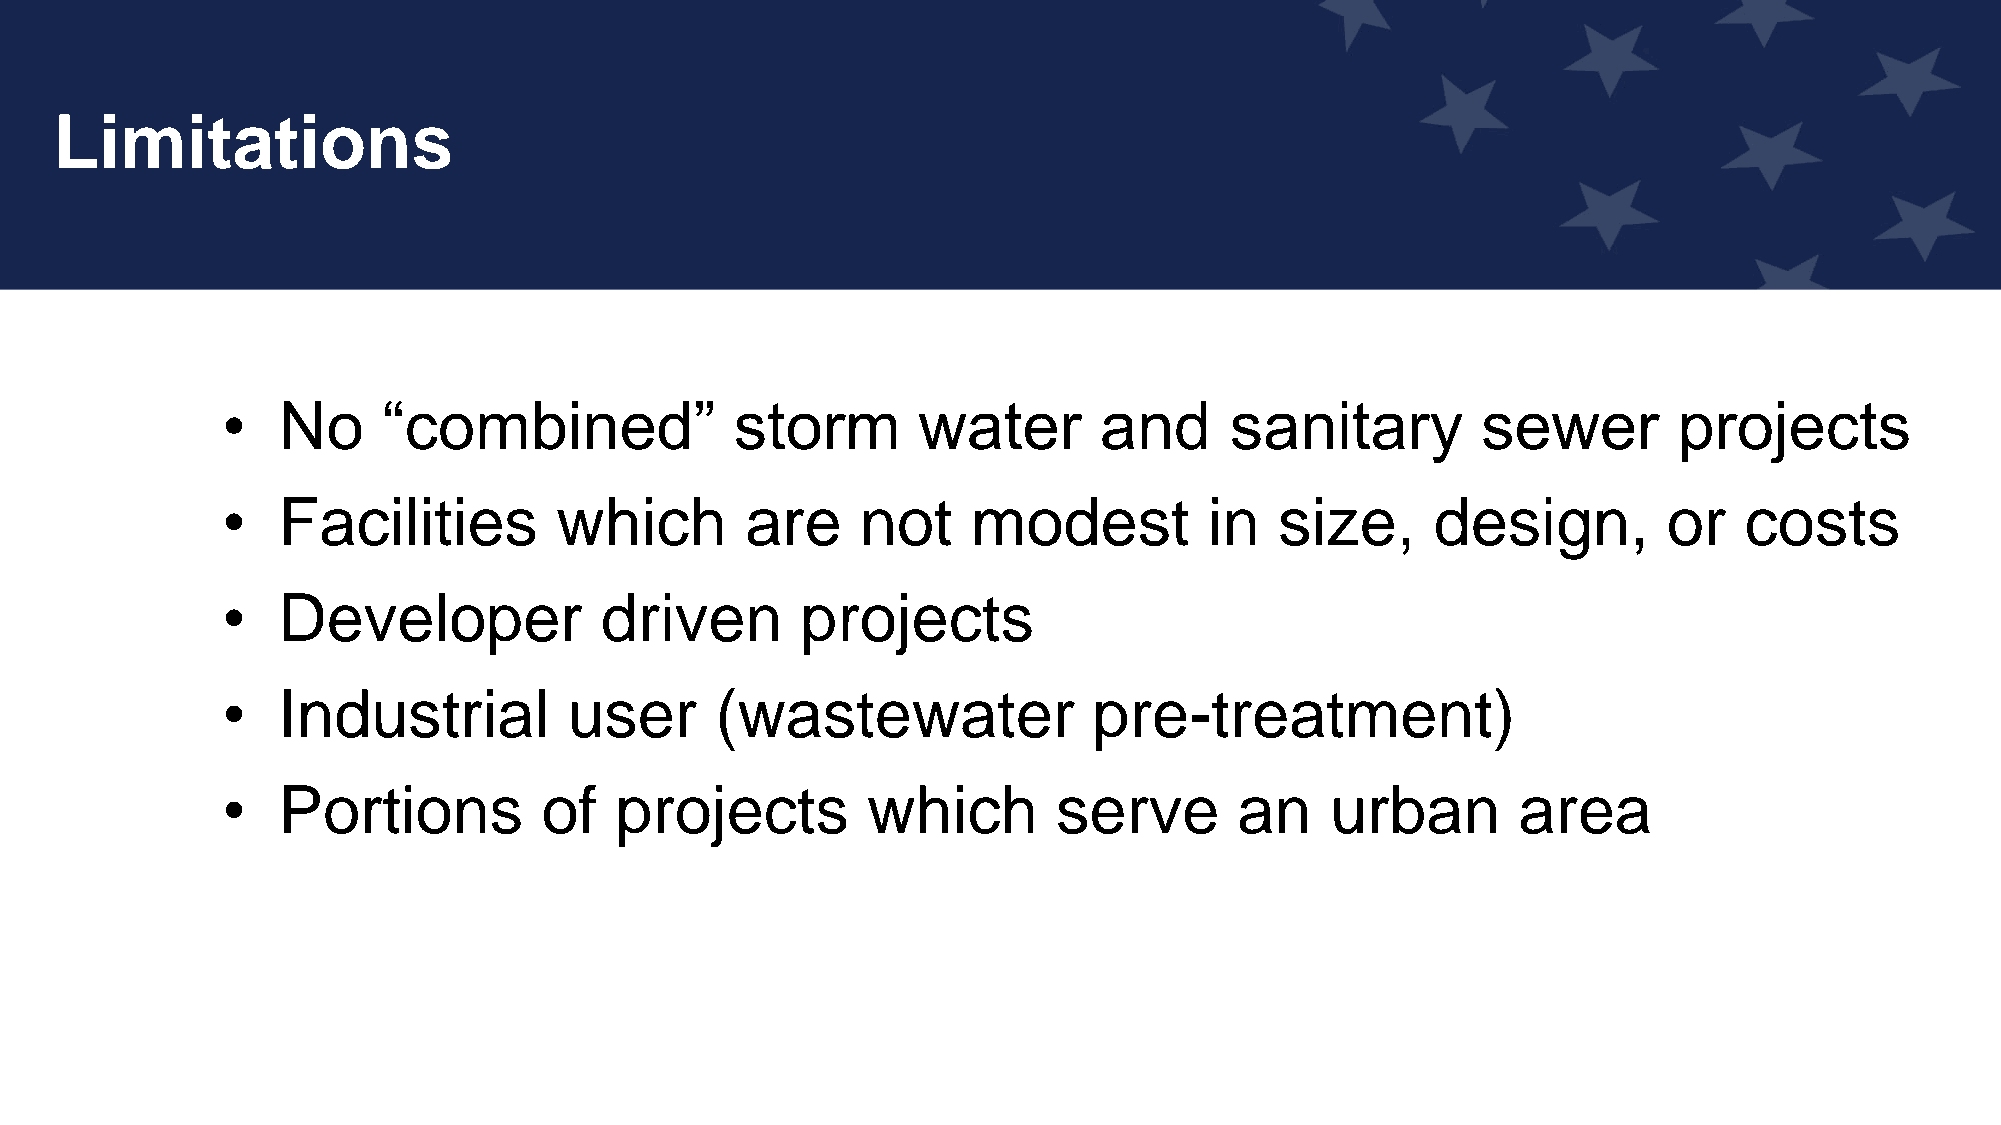
Limitations
 •  No     “combined”              storm       water       and     sanitary         sewer        projects
 •  Facilities         which       are     not    modest          in   size,     design,        or   costs
 •  Developer             driven       projects
 •  Industrial          user     (wastewater              pre-treatment)
 •  Portions          of   projects        which        serve       an    urban       area